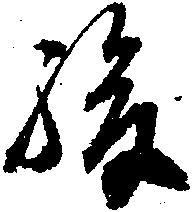
駿